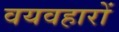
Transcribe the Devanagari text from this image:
वयवहारों